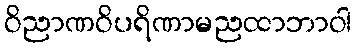
ဝိညာဏဝိပရိဏာမညထာဘာဝါ